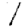
Digit: 1